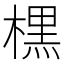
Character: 𣘸